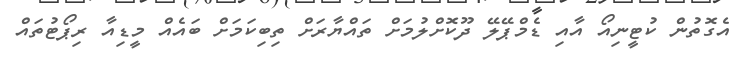
އެގޮތުން ކުޓީނިއޯ އާއި ޑެމްޕޭލޭ ދޫކޮށްލުމަށް ތައްޔާރަށް ތިބިކަމަށް ބައެއް މީޑިއާ ރިޕޯޓުތައް